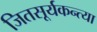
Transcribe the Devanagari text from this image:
जितसूर्यकन्त्या